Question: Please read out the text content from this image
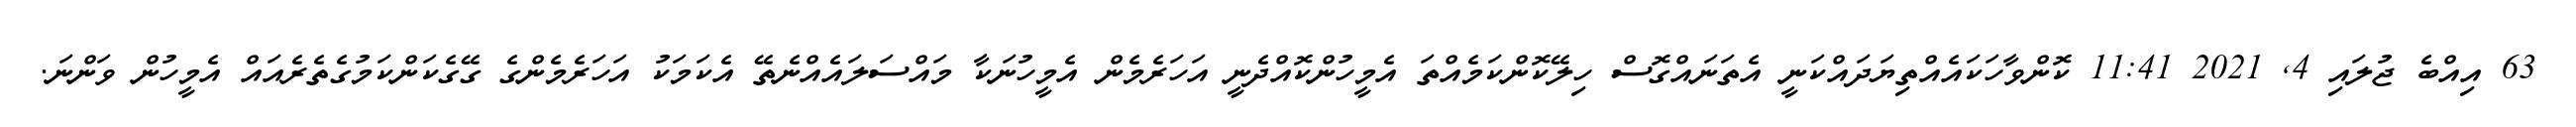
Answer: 63 އިއްބެ ޖުލައި 4, 2021 11:41 ކޮންވާހަކައެއްތިޔަދައްކަނީ އެތަނައްގޮސް ހިލޭކޮންކަމެއްތަ އެމީހުންކޮއްދެނީ އަހަރެމެން އެމީހުނަކާ މައްސަލައެއްނެތޭ އެކަމަކު އަހަރެމެންގެ ގޭގެކަންކަމުގެތެރެއައް އެމީހުން ވަންނަ.